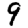
Digit: 9